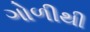
ગોળીથી